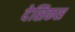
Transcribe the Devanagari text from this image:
देसिकस